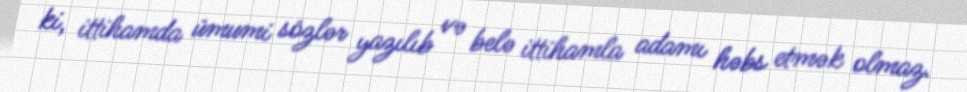
ki, ittihamda ümumi sözlər yazılıb və belə ittihamla adamı həbs etmək olmaz.